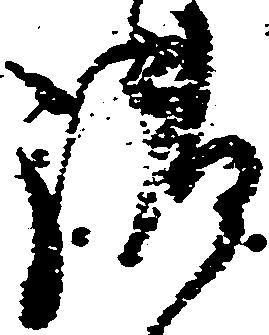
御